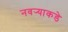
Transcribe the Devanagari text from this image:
नवर्‍याकडे